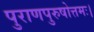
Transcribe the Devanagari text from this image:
पुराणपुरुषोत्तमः।